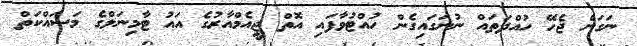
ނަގަން ޖެހޭ ހުއްދަތައް ނުނަގައިގެން ހުއްޓުވާފައި އޮތް ޖީއެމްއާރުގެ އައު ޓާމިނަލްގެ މަސައްކަތް